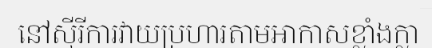
នៅស៊ីរីការវាយប្រហារតាមអាកាសខ្លាំងក្លា